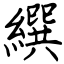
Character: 繏